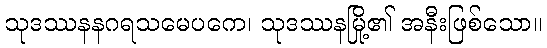
သုဒဿနနဂရသမေပကေ၊ သုဒဿနမြို့၏ အနီးဖြစ်သော။